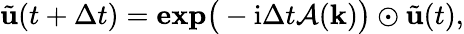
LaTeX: \tilde{\mathbf{u}}(t+\Delta t)=\mathbf{exp}\big(-\mathrm{i}\Delta t\mathcal{A}(\mathbf{k})\big)\odot\tilde{\mathbf{u}}(t),